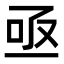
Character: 亟